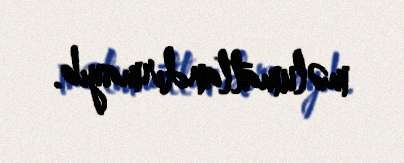
məlumatlandırmayıb.